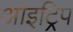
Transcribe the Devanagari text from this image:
आइट्रिप